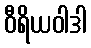
ဝီရိယဝါဒါ